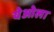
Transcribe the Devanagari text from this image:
येओला